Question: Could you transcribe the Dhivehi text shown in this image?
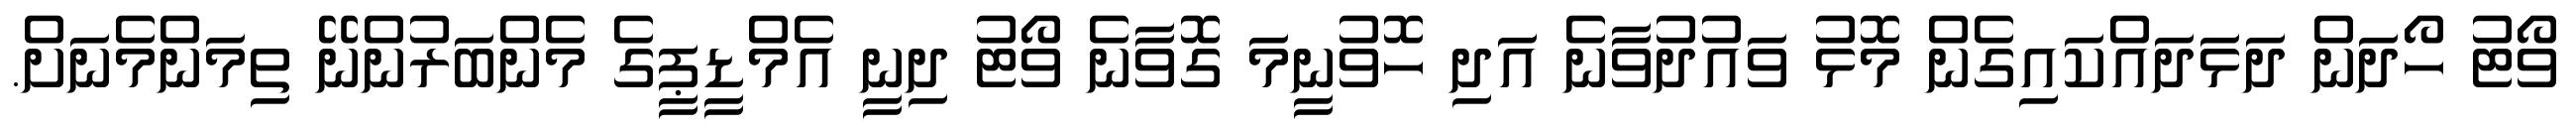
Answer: ވޯޓު ހޯދަން ދަޅަދައްކައިގެން މޮޅު ވައުދުވާނެ އަދި ހޮވުނީމަ ގޮވާނެ ވޯޓު ދިނީ އެމްޑީޕީގެ މެންބަރުންނޭ ތިމަންމެނަށް.